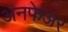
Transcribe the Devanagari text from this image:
अनफेअर